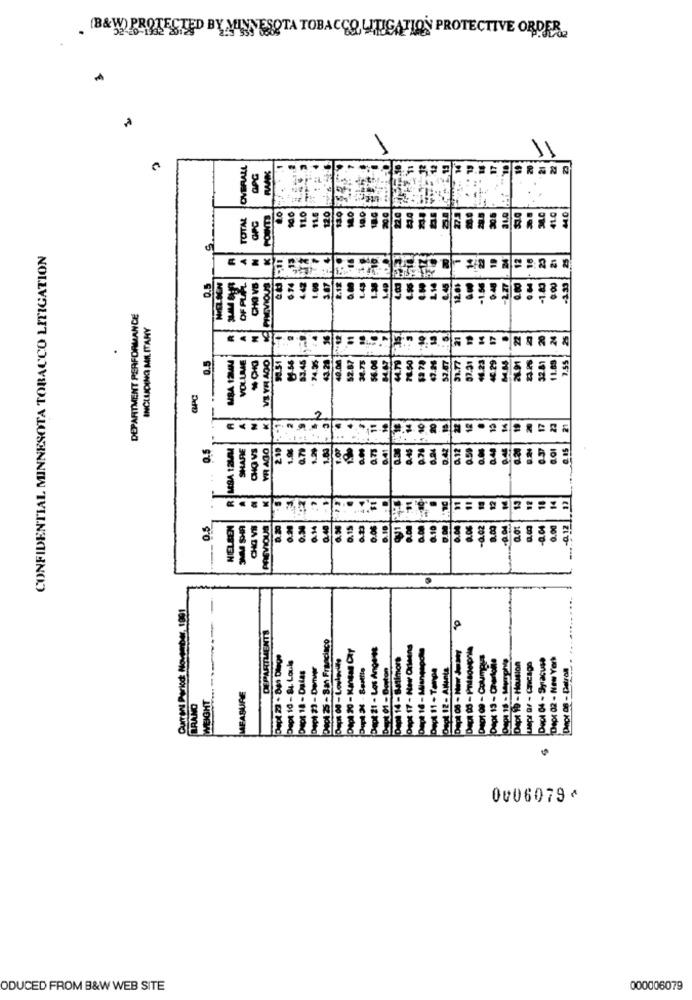
. (B& W) PROTECTED BY MINNESOTA TOBACCO LITIGATION PROTECTIVE ORDER
OVERALL
RANK
TOTAL
GPC
POINTS
CONFIDENTIAL MINNESOTA TOBACCO LITIGATION
0.5
CHO VB
PLZVIOUS
OF P
DEPARTMENT PERFORMANCE
INCLUDING MILITARY
.
VOLUME
VS. YH 400
2.87
MRA
GPC
0.5
MSA 12LAM
SHARE
CHOVS
VR AGO
0.5
NIELSEN
3MM SHA
CHO VS
PREVIOUS
8.20
DEPARTMENTS
Doct 25 - San Francisco
Dept 10 - 84. Louis
Current Perlog N
Dept 18 - Datas
WEIGHT
MEASURE
BRAND
0006079⑈
ODUCED FROM B&W WEB SITE
000006079